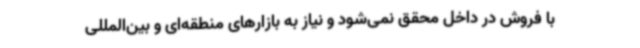
با فروش در داخل محقق نمی‌شود و نیاز به بازارهای منطقه‌ای و بین‌المللی